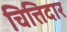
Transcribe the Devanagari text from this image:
चित्तिदार